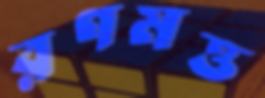
রণমত্ত